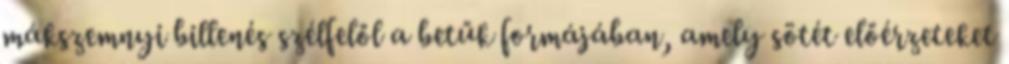
mákszemnyi billenés szélfelől a betűk formájában, amely sötét előérzeteket